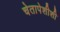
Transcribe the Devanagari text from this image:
चेतापेशीशी